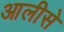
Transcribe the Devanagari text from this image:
आलीसे